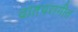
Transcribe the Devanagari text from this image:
वातपरागीत